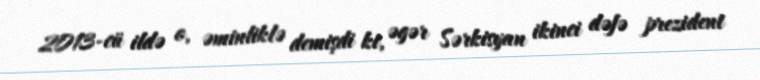
2013-cü ildə o, əminliklə demişdi ki, əgər Sərkisyan ikinci dəfə prezident